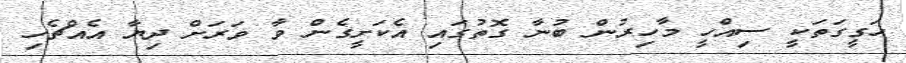
ހަގީގަތަކީ ސިއްހީ މާހިރުން ބުނާ ގޮތުގައި އެކަށީގެން ވާ ވަރަށް ދިޔާ އެއްޗެހި